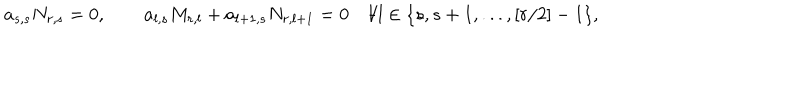
a _ { s , s } N _ { r , s } = 0 , \quad \quad a _ { l , s } M _ { r , l } + a _ { l + 1 , s } N _ { r , l + 1 } = 0 \quad \forall l \in \{ s , s + 1 , . . . , [ r / 2 ] - 1 \} ,